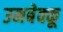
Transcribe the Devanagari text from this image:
उनबेक्कू